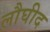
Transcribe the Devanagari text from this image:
लौघीद